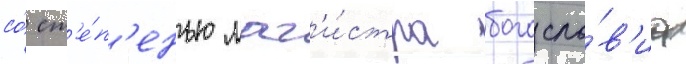
со́ ст'е́п'енью маг'и́стра богосло́в'иа